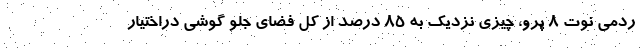
ردمی نوت 8 پرو، چیزی نزدیک به ۸۵ درصد از کل فضای جلو گوشی دراختیار